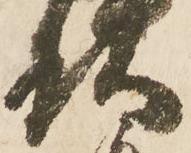
頭